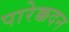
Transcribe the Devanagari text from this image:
पारेक्कदन